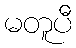
မတူပီ